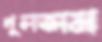
খুলতাম